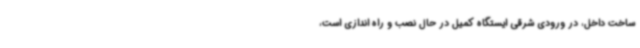
ساخت داخل، در ورودی شرقی ایستگاه کمیل در حال نصب و راه اندازی است،